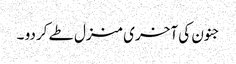
جنون کی آخری منزل طے کردو ۔